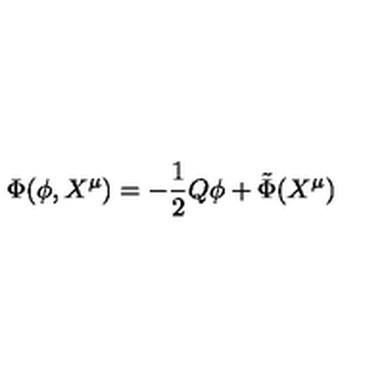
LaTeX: \Phi ( \phi , X ^ { \mu } ) = - \frac { 1 } { 2 } Q \phi + { \tilde { \Phi } } ( X ^ { \mu } )